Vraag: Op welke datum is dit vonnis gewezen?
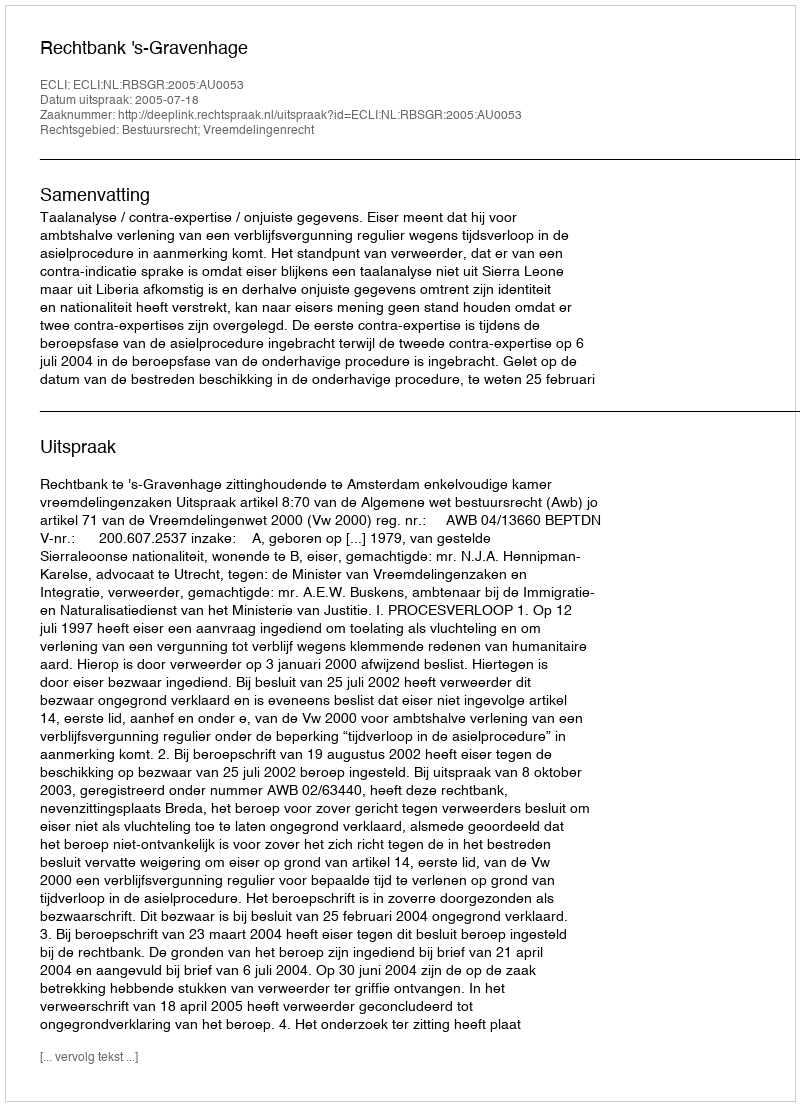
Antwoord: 2005-07-18